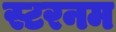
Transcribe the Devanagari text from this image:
स्टरनम